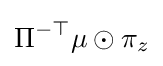
\Pi ^{-\top }\mu \odot \pi _{z}